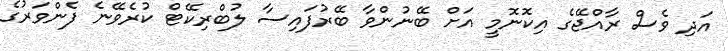
އަދި ވެސް ރާއްޖޭގެ އިކޮނޮމީ އަށް ބޭނުންވާ ބޭރުފައިސާ ލުބްރިކޭޓް ކުރެވޭނެ ފެންވަރުގެ